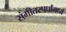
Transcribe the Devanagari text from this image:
संगीतस्पर्धांमध्ये